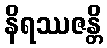
နိရဿဇန္တိ